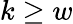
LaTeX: k\geq w